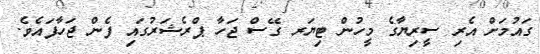
ގައުމަށް އެރި ސީރިޔާގެ މީހުން ޓިޔަރ ގޭސް ޖަހާ ޕްރެޝަރުގައި ފެން ޖަހާފައެވެ.